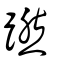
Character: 蹨